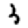
Digit: 3